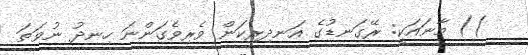
)) މާނައަކީ: ރޭގަނޑުގެ އަނދިރިކަން ވެރިވެގަންނަ ހިނދު ނުވަތަ